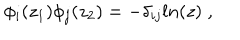
LaTeX: \phi _ { i } ( z _ { 1 } ) \phi _ { j } ( z _ { 2 } ) = - \delta _ { i j } l n ( z ) \; ,